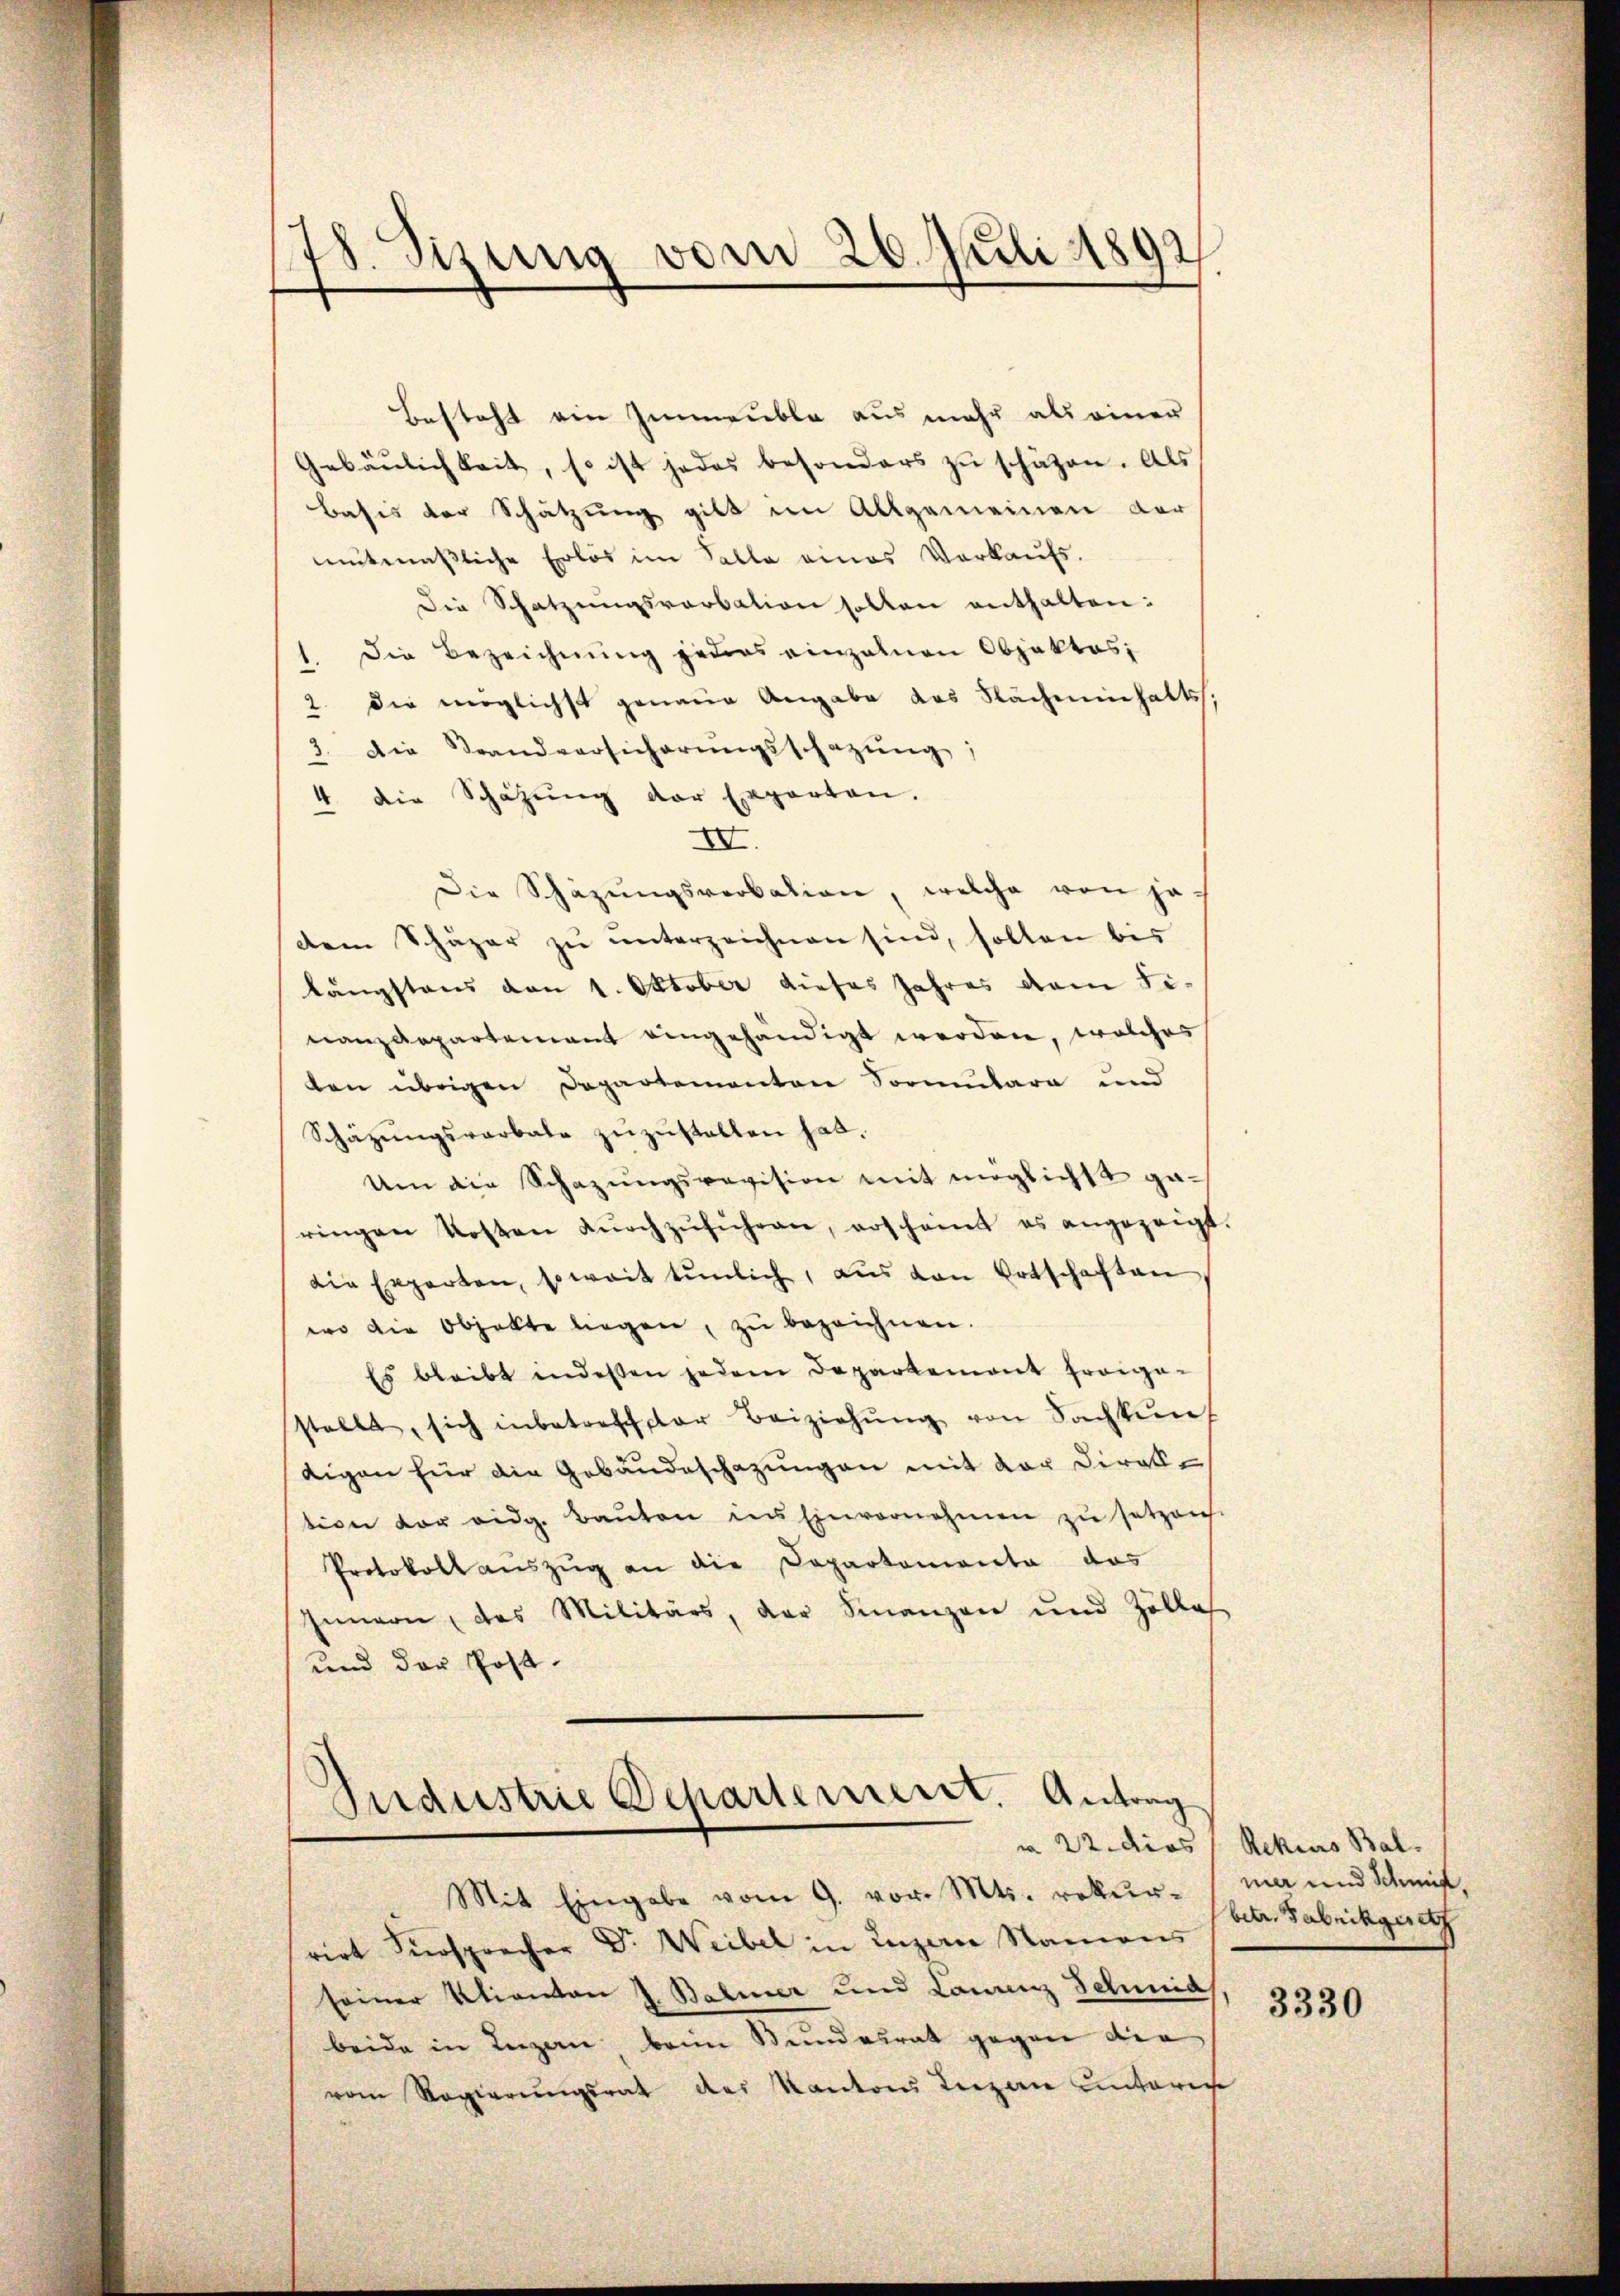
78. Sizung vom 26. Juli 1892

Besteht ein Immeuble aus mehr als einer
Gebäŭlichkeit, so ist jedes besonders zŭ schätzen. Als
Basis der Schätzung gilt im Allgemeinen der
mitmaβliche Erlös im Falle eines Verkaŭfs-
Die Schatzŭngsverbation sollen enthalten:
1. Die Bezeichnung jeders einzelnen Objektes,
2. die möglichst genaue Angabe das Nachminnhalts.
3. Die Standversicherungsschazung;
4. die Schatzŭng der Exporten.
IV.
Die Schäzŭngsverbation, welche von je-
dem Schäper zŭ ŭnterzeichnen sind, sollen bis
längstens den 1. Oktober dieses Jahres dem Fi-
nanzdepartement eingehändigt werden, welches
den übrigen Departementen Sormulara und
Schäzŭngsverbale zŭzŭstellen hat.
Um die Schazungsrevision mit möglichst ga-
ringen Kosten dŭrchzŭführen, erscheint es angezeigt.
die Ergerten, soweit tŭnlich, aus von Ortschaften
wo die Objekte liegen, zŭ bezeichnen.
Es bleibt indessen jedem Departement froige-
stellt, sich inbetreff der Beiziehŭng von Sachkun
tigen für die Gebäudeschazungen mit vor Direktion vor eidg. Baŭten ins Einvernehmen zu setzen.
Protokoll aŭszŭg an die Departementa das
Genvon, das Militärs, der Finanzen und Zölles
und der Post-

Industrie Departement. Antrag
Mit Eingabe vom 9. vor. Mts. rekur-

rirt Fürsprecher Dr. Weibel in Luzern Namens
seiner Klienvon 2. Bebener und Landen Schmid
beide in Luzern beim Stundesrat gegen die
vom Regierungsrat des Kantons Luzern untere

v 22. dies Rekurs Bal
mer und Schrif
betr. Fabrikgesetz

3330